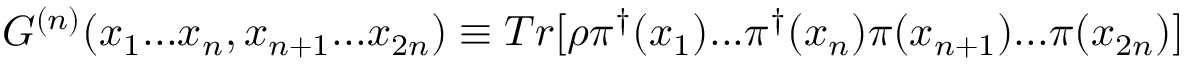
G ^ { ( n ) } ( x _ { 1 } . . . x _ { n } , x _ { n + 1 } . . . x _ { 2 n } ) \equiv T r [ \rho \pi ^ { \dagger } ( x _ { 1 } ) . . . \pi ^ { \dagger } ( x _ { n } ) \pi ( x _ { n + 1 } ) . . . \pi ( x _ { 2 n } ) ]